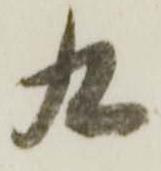
九